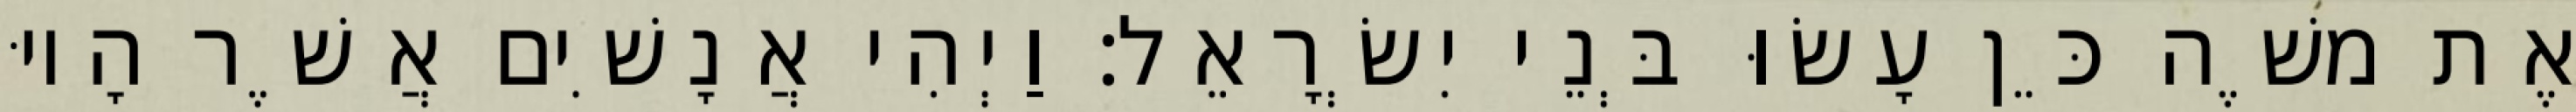
אֶת משֶׁה כֵּן עָשׂוּ בְּנֵי יִשְׂרָאֵל׃ וַיְהִי אֲנָשִׁים אֲשֶׁר הָיוּ